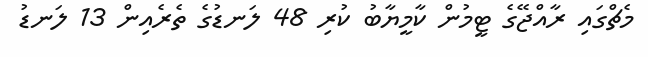
މެޗްގައި ރާއްޖޭގެ ޓީމުން ކާމީޔާބު ކުރި 48 ލަނޑުގެ ތެރެއިން 13 ލަނޑު